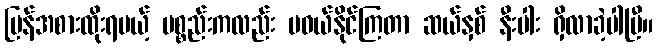
ပြန်အစားထိုးရမယ့် ပစ္စည်းကလည်း မဝယ်နိုင်ကြတာ ဆယ်နှစ် နီးပါး ရှိလာခဲ့ပါပြီ။